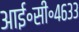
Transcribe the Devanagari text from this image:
आई॰सी॰४६३३